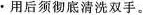
·用后须彻底清洗双手。